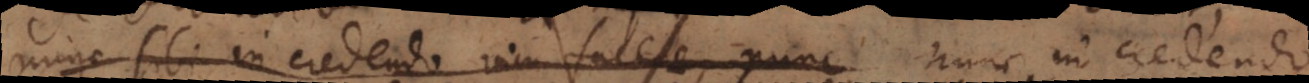
nunc sibi in credendo vim facere, nunc nunc in credendo